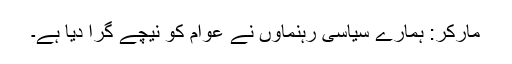
مارکر: ہمارے سیاسی رہنماوں نے عوام کو نیچے گرا دیا ہے۔